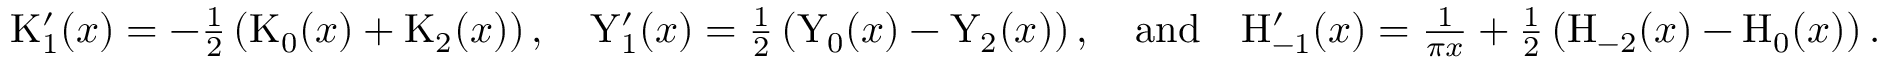
\begin{array} { r } { \mathrm { K } _ { 1 } ^ { \prime } ( x ) = - \frac { 1 } { 2 } \left( \mathrm { K } _ { 0 } ( x ) + \mathrm { K } _ { 2 } ( x ) \right) , \quad \mathrm { Y } _ { 1 } ^ { \prime } ( x ) = \frac { 1 } { 2 } \left( \mathrm { Y } _ { 0 } ( x ) - \mathrm { Y } _ { 2 } ( x ) \right) , \quad \mathrm { a n d } \quad \mathrm { H } _ { - 1 } ^ { \prime } ( x ) = \frac { 1 } { \pi x } + \frac { 1 } { 2 } \left( \mathrm { H } _ { - 2 } ( x ) - \mathrm { H } _ { 0 } ( x ) \right) . } \end{array}